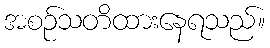
အစဉ်သတိထားနေရသည်။